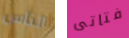
الناس فتاتى